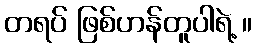
တရပ် ဖြစ်ဟန်တူပါရဲ့ ။